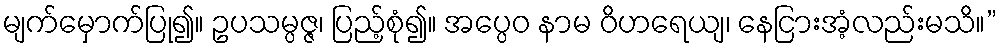
မျက်မှောက်ပြု၍။ ဥပသမ္ပဇ္ဇ၊ ပြည့်စုံ၍။ အပ္ပေဝ နာမ ဝိဟရေယျ၊ နေငြားအံ့လည်းမသိ။”